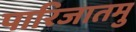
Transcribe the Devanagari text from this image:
पारिजातमु